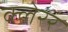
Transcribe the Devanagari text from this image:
क्लेरर